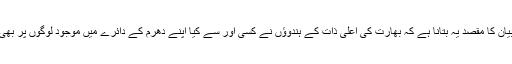
یہاں ان باتوں کی حقیقت کے بیان کا مقصد یہ بتانا ہے کہ بھارت کی اعلیٰ ذات کے ہندوؤں نے کسی اور سے کیا اپنے دھرم کے دائرے میں موجود لوگوں پر بھی ظلم وستم کی انتہا کردی ہے۔